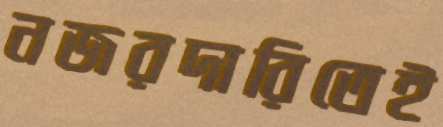
নজরদারিতেই